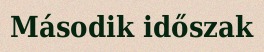
Második időszak